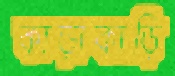
কাড়াকাড়ি